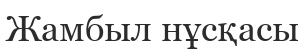
Жамбыл нұсқасы